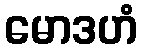
မောဒဟံ